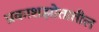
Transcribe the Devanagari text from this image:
प्रकाशझोतातील